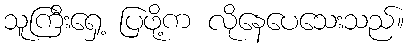
သူကြီးရှေ့ ပြဖို့က လိုနေပေသေးသည်။